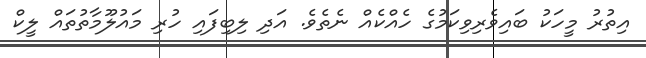
އިތުރު މީހަކު ބައިވެރިވިކަމުގެ ހެއްކެއް ނެތެވެ. އަދި ލިބިފައި ހުރި މައުލޫމާތުތައް ލީކް